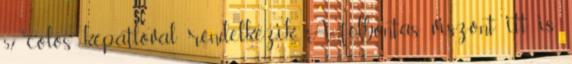
5,7 colos képátlóval rendelkezik. A felbontás viszont itt is